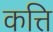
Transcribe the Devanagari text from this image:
कत्ति